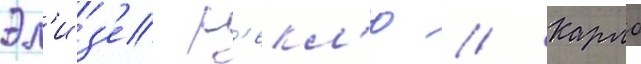
Эл'из'е р'екл'ю // Карло